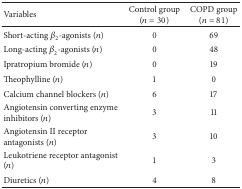
| Variables | Control group (n = 30) | COPD group (n = 81) |
 | --- | --- | --- |
 | Short-acting β2-agonists (n) | 0 | 69 |
 | Long-acting β2-agonists (n) | 0 | 48 |
 | Ipratropium bromide (n) | 0 | 19 |
 | Theophylline (n) | 1 | 0 |
 | Calcium channel blockers (n) | 6 | 17 |
 | Angiotensin converting enzyme inhibitors (n) | 3 | 11 |
 | Angiotensin II receptor antagonists (n) | 3 | 10 |
 | Leukotriene receptor antagonist (n) | 1 | 3 |
 | Diuretics (n) | 4 | 8 |